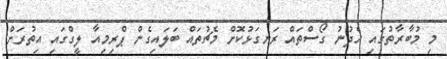
މި މުބާރާތުގައި ހެދުނު ގޯސްތައް ރަނގަޅުކޮށް މެޗުތައް ބަލައިގެން ޕްރިމިއާ ލީގްގައި އިތުރަށް